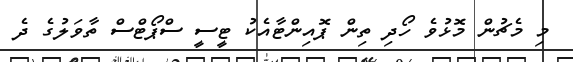
މި މެޗުން މޮޅުވެ ހޯދި ތިން ޕޮއިންޓާއެކު ޓީސީ ސްޕޯޓްސް ތާވަލުގެ ދެ